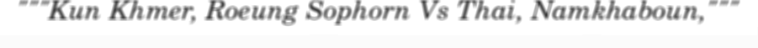
"""Kun Khmer, Roeung Sophorn Vs Thai, Namkhaboun,"""